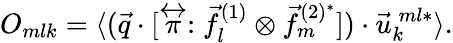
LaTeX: O_{mlk}=\langle(\vec{q}\cdot[\stackrel{\leftrightarrow}{\pi}:\vec{f}_{l}^{(1)}\otimes\vec{f}_{m}^{(2)^{*}}])\cdot\vec{u}_{k}^{\: ml*}\rangle.